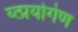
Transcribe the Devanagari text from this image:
य्त्प्रयोगेण